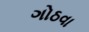
ગોઠવા